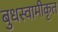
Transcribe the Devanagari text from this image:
बुधस्वामीकृत